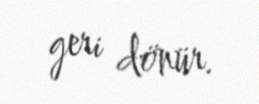
geri dönür.